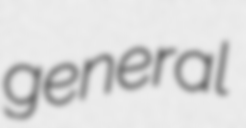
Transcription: general